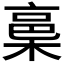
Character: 𭫋